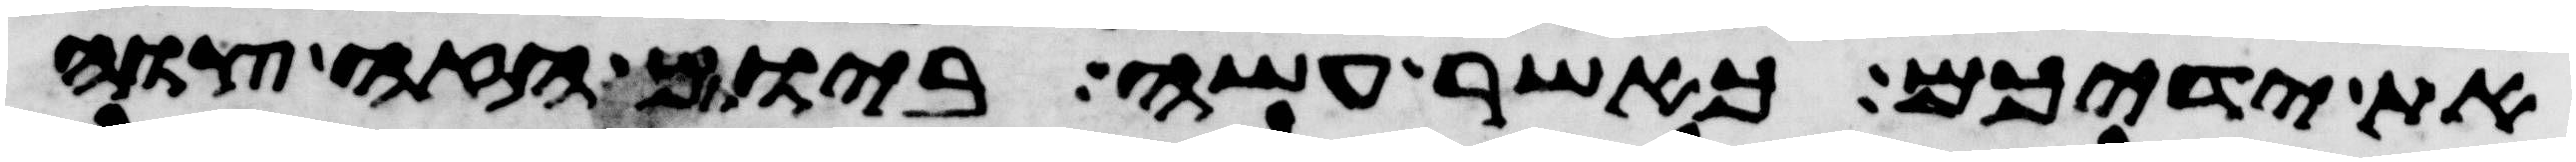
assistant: את ידיכם כאשר עשה ביום הזה צוה